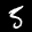
Label: 5